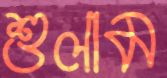
শুলাম